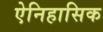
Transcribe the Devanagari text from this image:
ऐनिहासिक